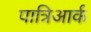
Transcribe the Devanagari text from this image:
पात्रिआर्क